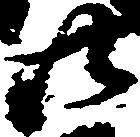
廿